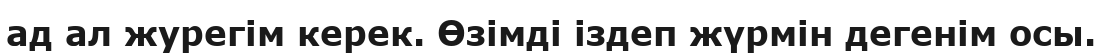
ад ал журегім керек. Өзімді іздеп жүрмін дегенім осы.